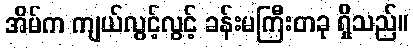
အိမ်က ကျယ်လွင့်လွင့် ခန်းမကြီးတခု ရှိသည်။